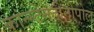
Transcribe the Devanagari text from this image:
कांन्स्टेनटीनोपोल